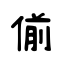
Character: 偂